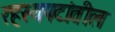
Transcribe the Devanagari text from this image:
रहस्यपटांतील